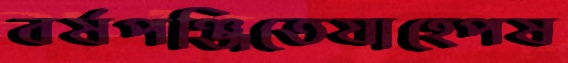
বর্ষপঞ্জিতেযাহ্পেষ